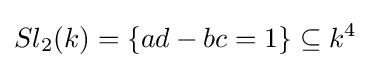
Sl_{2}(k)=\{ad-bc=1\}\subseteq k^{4}